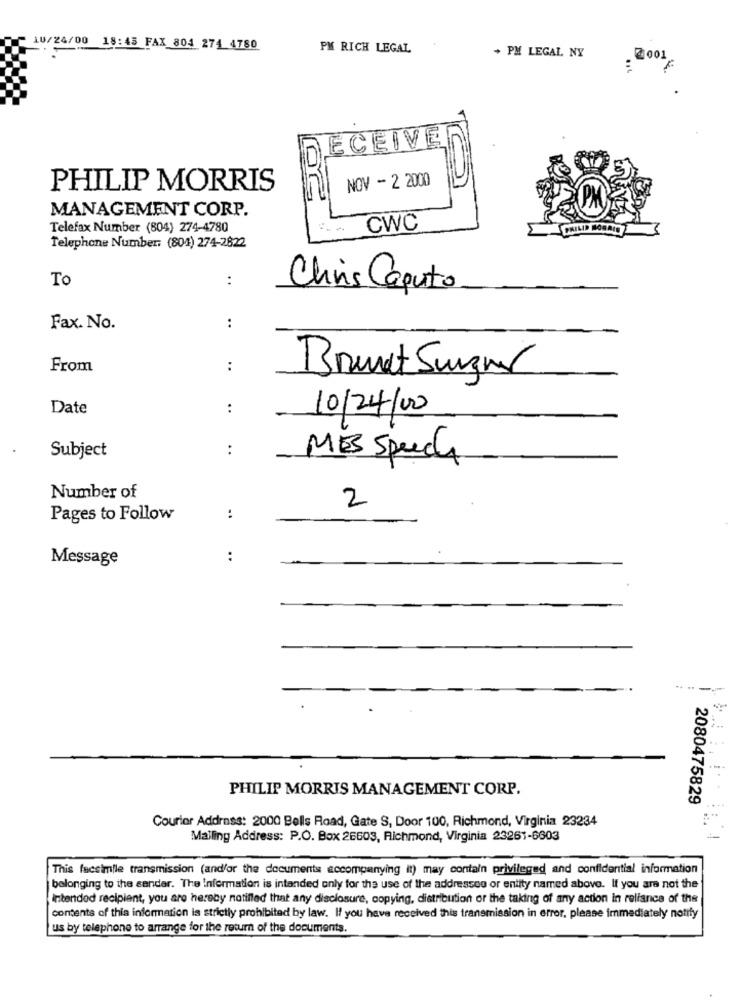
10/24/00 18:45 FAX 804 274 4780
PM RICH LEGAL
+ PM LEGAL NY
2 001
ECEIVE
NOV - 2 2000
PHILIP MORRIS
OG
MANAGEMENT CORP.
Telefax Number (804) 274-4780
CWC
PHILIP MORRIS
Telephone Number: (804) 274-2822
To
:
Chris Caputo
Fax. No.
:
From
:
Brunet Surger
Date
:
10/24/00
:
Subject
MES SpudA
Number of
2
Pages to Follow
:
Message
:
PHILIP MORRIS MANAGEMENT CORP.
2080475829
Courier Address: 2000 Bells Road, Gate S, Door 100, Richmond, Virginia 23234
Mailing Address: P.O. Box 26603, Richmond, Virginia 23261-6603
This facsimile transmission (and/or the documents accompanying it) may contain privileged and confidential information
belonging to the sender. The Information is intended only for the use of the addressee or entity named above. If you are not the
intended recipient, you are hereby notifled that any disclosure, copying, distribution or the taking of any action In reliance of the
contents of this information is strictly prohibited by law. If you have received this transmission in error, please immediately notify
us by telephone to arrange for the return of the documents.